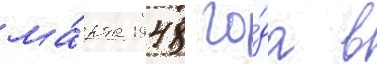
ма́рта 1948 го́да в